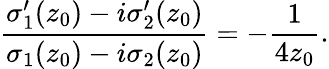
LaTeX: \frac{{\sigma}_{1}^{\prime}(z_{0})-i{\sigma}_{2}^{\prime}(z_{0})}{{\sigma}_{1}(z_{0})-i{\sigma}_{2}(z_{0})}=-\frac{1}{4z_{0}}.